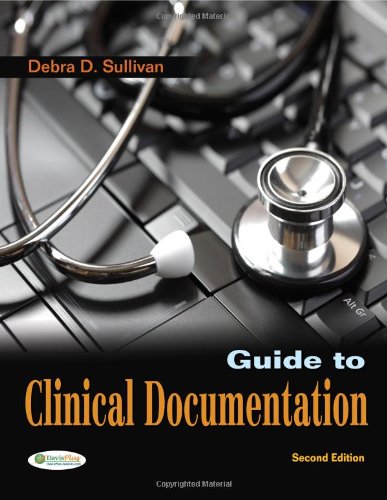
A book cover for Guide to Clinical Documentation; Debra D. Sullivan PhD  RN  PA-C; Medical Books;